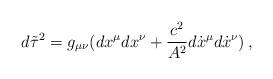
LaTeX: \begin{align*}d \tilde {\tau}^{2}=g_{\mu\nu}(dx^{\mu}dx^{\nu}+\frac{c^2}{A^2} d\dot{x}^{\mu}d \dot{x}^{\nu})\,{,}\end{align*}